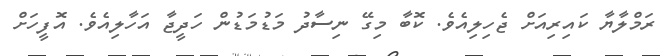
ރަމްލާޔާ ކައިރިއަށް ޖެހިލިއެވެ. ކޮބާ މިގޭ ނިސާދު މަޑުމަޑުން ހަދީޖާ އަހާލިއެވެ. އޮފީހަށް